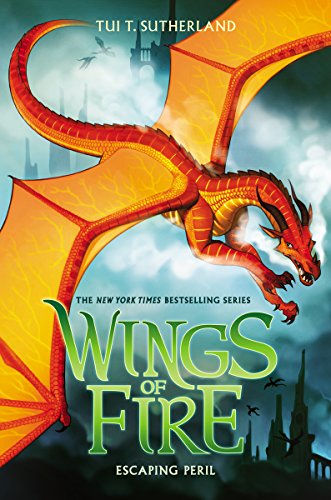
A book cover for Escaping Peril (Wings of Fire, Book 8); Tui T. Sutherland; Children's Books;